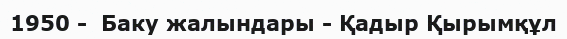
1950 -  Баку жалындары - Қадыр Қырымқұл